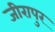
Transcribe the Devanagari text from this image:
जीरापुर